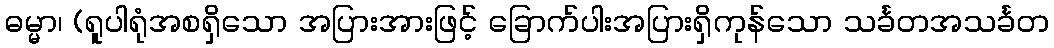
ဓမ္မာ၊ (ရူပါရုံအစရှိသော အပြားအားဖြင့် ခြောက်ပါးအပြားရှိကုန်သော သင်္ခတအသင်္ခတ